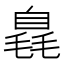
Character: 𣯝